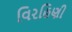
વિરહિણી